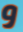
و